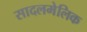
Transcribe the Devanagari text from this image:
सादलमेलिक